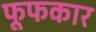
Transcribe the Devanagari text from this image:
फूफकार